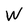
Character: W